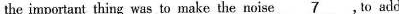
the important thing was to make the noise \underline{7}, to add